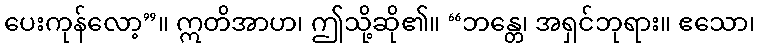
ပေးကုန်လော့”။ ဣတိအာဟ၊ ဤသို့ဆို၏။ “ဘန္တေ၊ အရှင်ဘုရား။ ဧသော၊